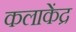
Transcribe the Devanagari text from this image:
कलाकेंद्र